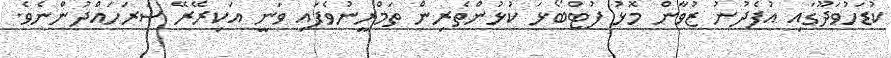
ކުޑަހުވަދޫގައި އުފެދުނު ޒުވާން މޮޅު ފުޓްބޯޅަ ކުޅުންތެރިން ތަމްރީނުވެފައި ވަނީ އަކިރޭރޭ ސަރަހައްދުންނެވެ.